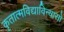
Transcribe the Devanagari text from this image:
कृतात्मविद्याविन्यासो